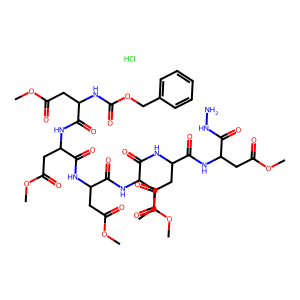
SMILES: COC(=O)CC(NC(=O)OCc1ccccc1)C(=O)NC(CC(=O)OC)C(=O)NC(CC(=O)OC)C(=O)NC(CC(=O)OC)C(=O)NC(CC(=O)OC)C(=O)NC(CC(=O)OC)C(=O)NN.Cl
Inhibits HIV replication: No